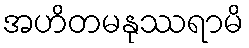
အဟိတမနုဿရာမိ